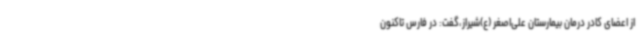
از اعضای کادر درمان بیمارستان علی‌اصغر (ع)شیراز،گفت: در فارس تاکنون